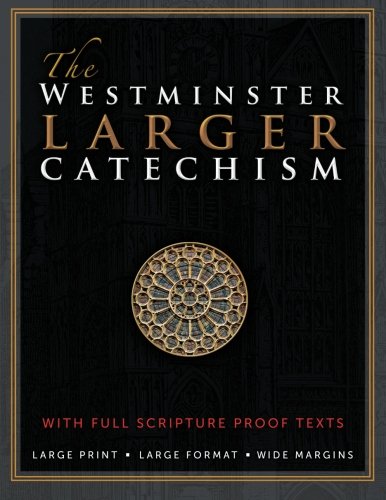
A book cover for The Westminster Larger Catechism: with Full Scripture Proof Texts; The Westminster Divine Assembly; Christian Books & Bibles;